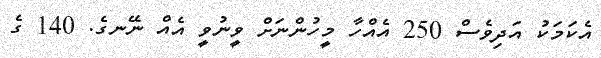
އެކަމަކު އަދިވެސް 250 އެއްހާ މީހުންނަށް ވީނުވީ އެއް ނޭނގެ. 140 ގެ